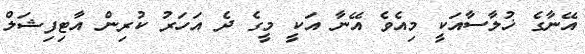
އޭނާގެ ޚުލާސާއަކީ މިއެވެ އޭނާ އަކީ މީގެ ދެ އަހަރު ކުރިން އާޓިފިޝަލް